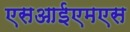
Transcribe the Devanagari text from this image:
एसआईएमएस